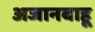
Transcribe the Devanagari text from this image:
अजानबाहू